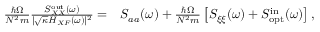
\begin{array} { r l } { \frac { \hbar \Omega } { N ^ { 2 } m } \frac { S _ { X X } ^ { \mathrm { o u t } } ( \omega ) } { | \sqrt { \kappa } H _ { X F } ( \omega ) | ^ { 2 } } = } & { { } S _ { a a } ( \omega ) + \frac { \hbar \Omega } { N ^ { 2 } m } \left[ S _ { \xi \xi } ( \omega ) + S _ { \mathrm { o p t } } ^ { \mathrm { i n } } ( \omega ) \right] , } \end{array}